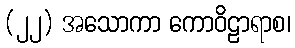
(၂၂) အသောကာ ကောဝိဠာရာစ၊